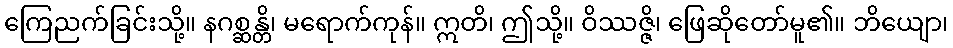
ကြေညက်ခြင်းသို့။ နဂစ္ဆန္တိ၊ မရောက်ကုန်။ ဣတိ၊ ဤသို့။ ဝိဿဇ္ဇိ၊ ဖြေဆိုတော်မူ၏။ ဘိယျော၊